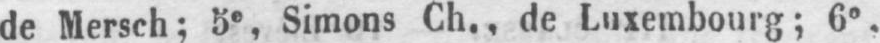
de Mersch; 5e, Simons Ch., de Luxembourg; 6e